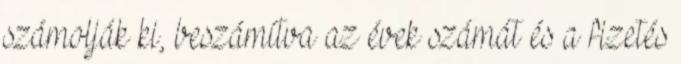
számolják ki, beszámítva az évek számát és a fizetés